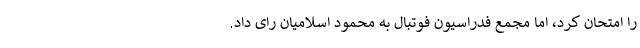
را امتحان کرد، اما مجمع فدراسیون فوتبال به محمود اسلامیان رای داد.